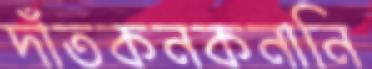
দাঁতকনকনানি